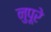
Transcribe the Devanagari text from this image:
नुपूरे